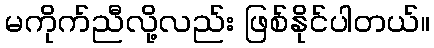
မကိုက်ညီလို့လည်း ဖြစ်နိုင်ပါတယ်။